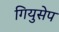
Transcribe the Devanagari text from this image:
गियुसेप